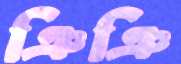
ঞিঞি